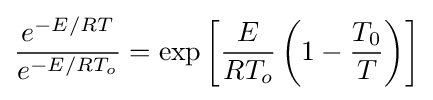
{\frac {e^{-E/RT}}{e^{-E/RT_{o}}}}=\exp \left[{\frac {E}{RT_{o}}}\left(1-{\frac {T_{0}}{T}}\right)\right]